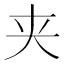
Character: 夹